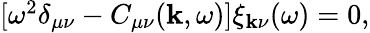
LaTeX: \begin{array}{r}{[\omega^{2}\delta_{\mu\nu}-C_{\mu\nu}({\mathbf k},\omega)]\xi_{{\mathbf k}\nu}(\omega)=0,}\end{array}